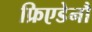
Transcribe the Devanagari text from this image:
फ्रिएडेनौ